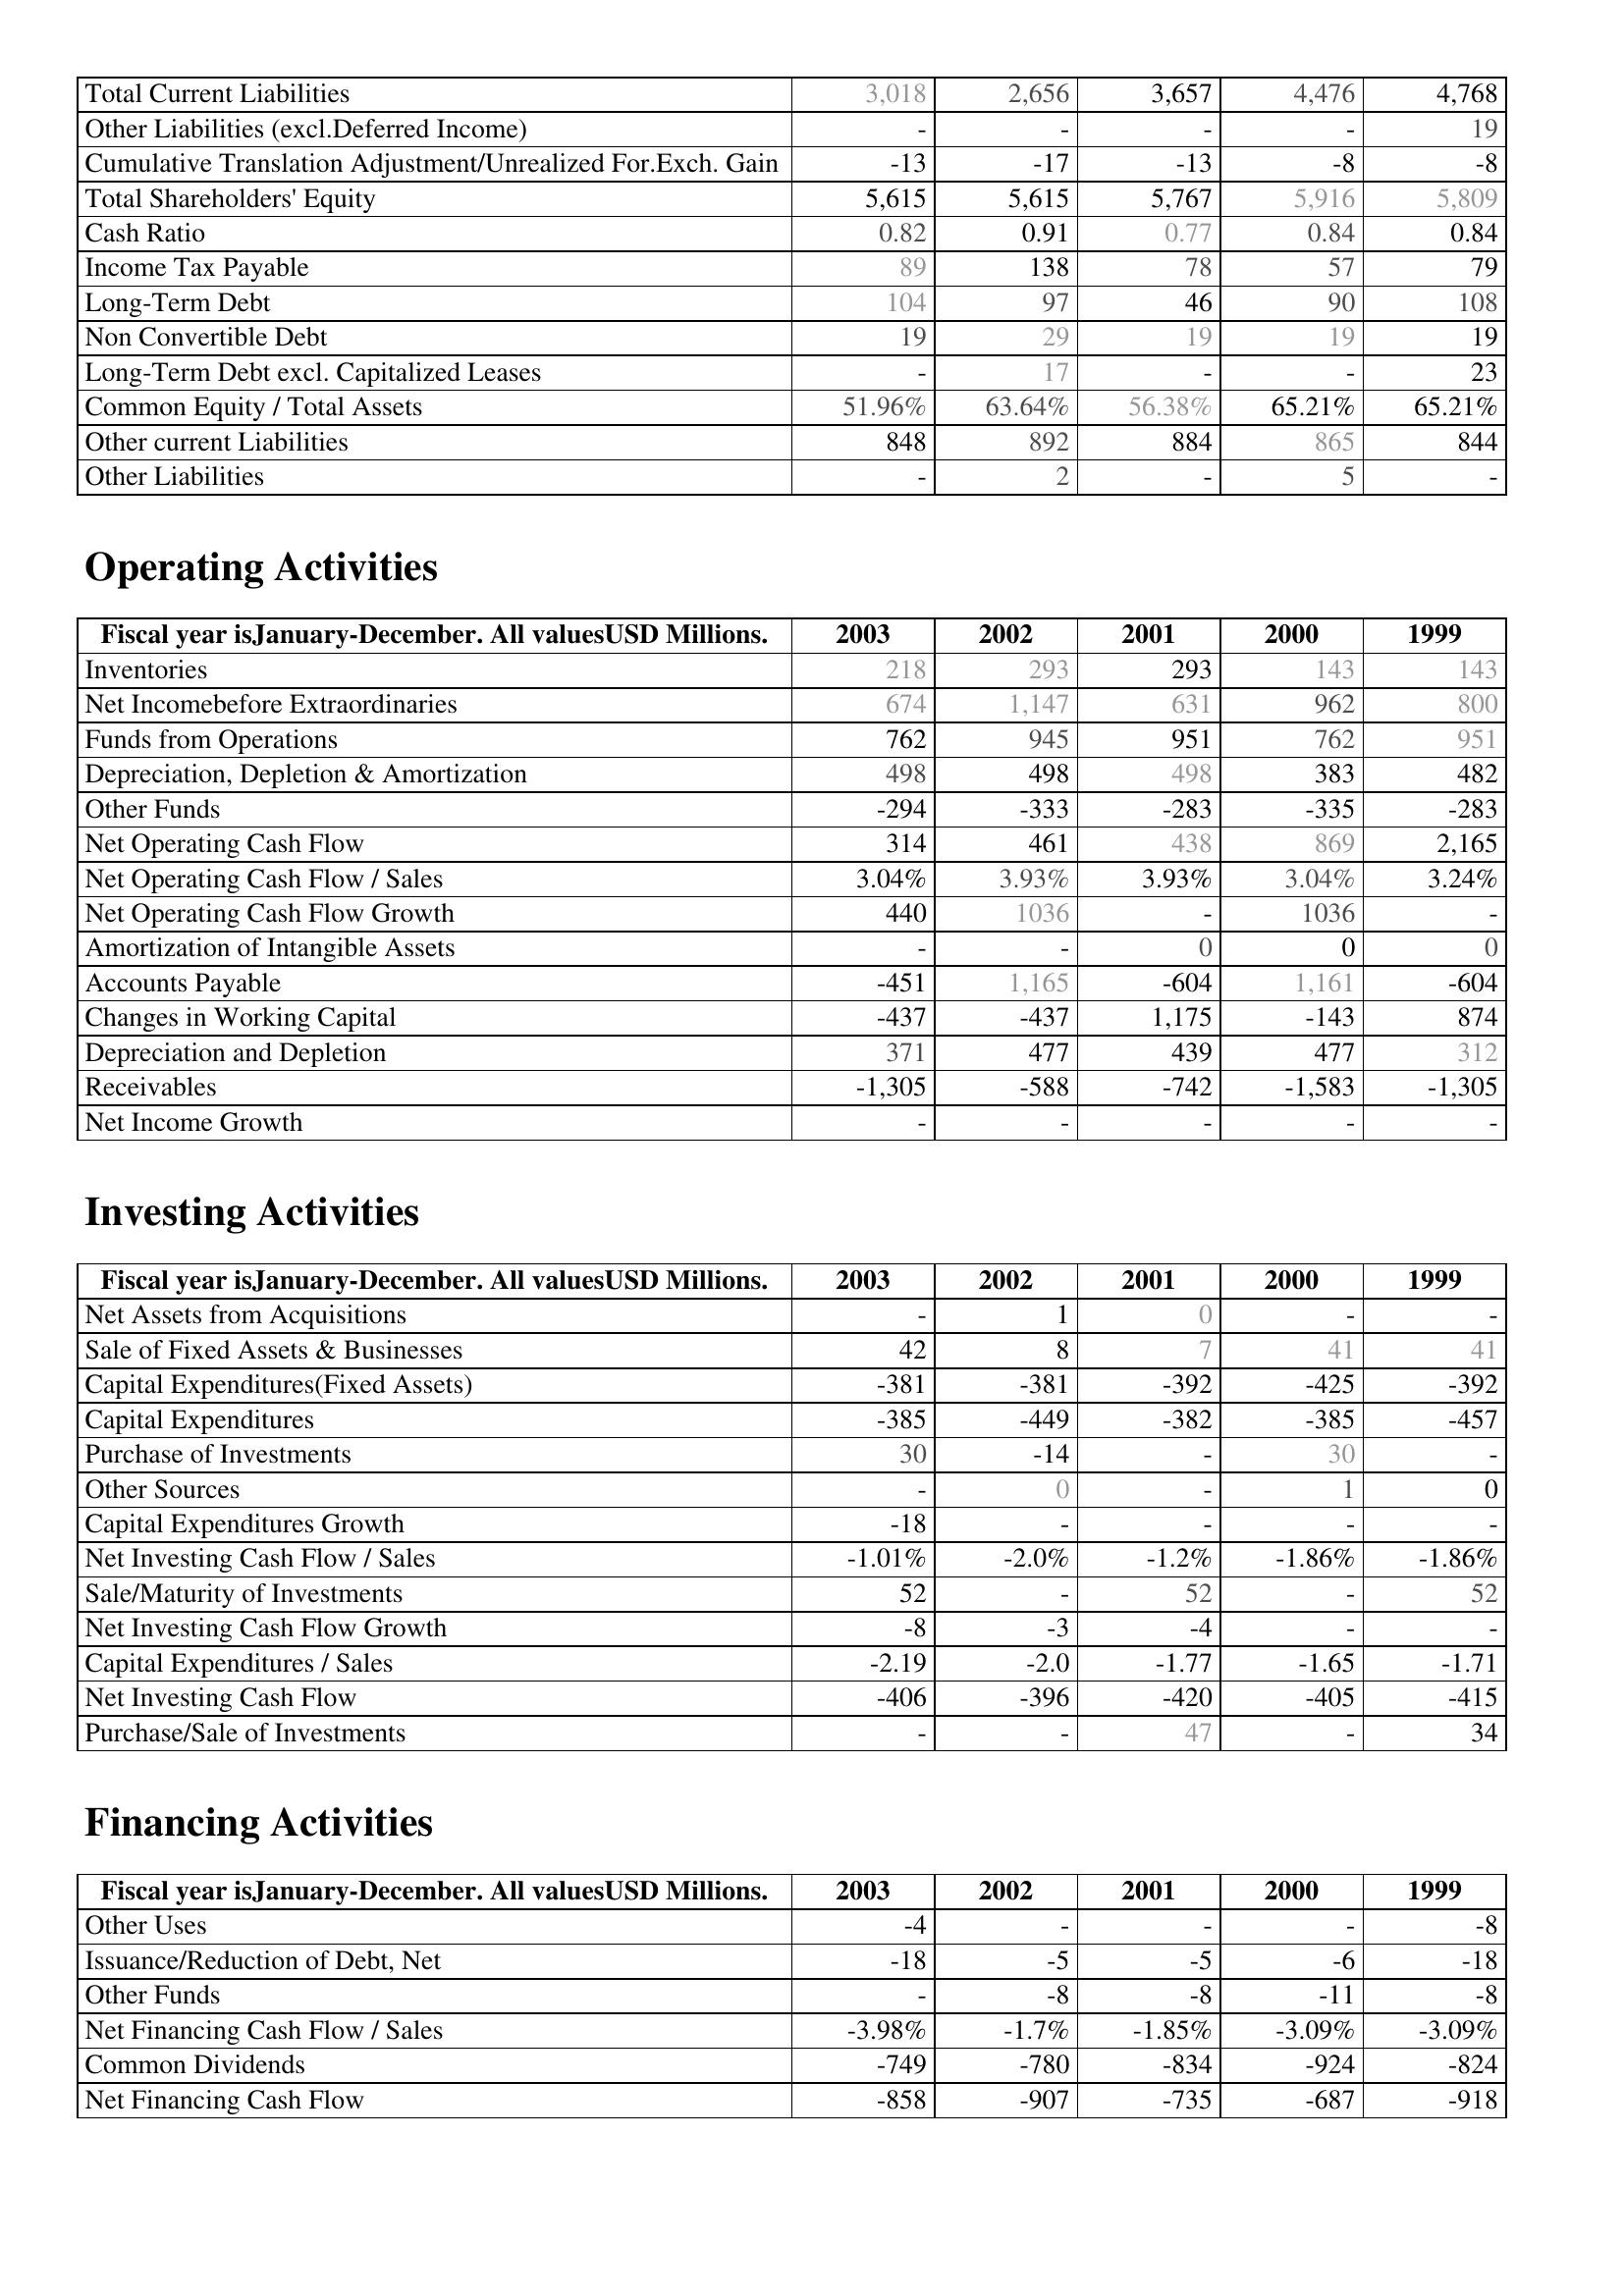
2003: Liabilities & Shareholder's Equity: Total Current Liabilities: 3,018
Other Liabilities (excl.Deferred Income): -
Cumulative Translation Adjustment/Unrealized For.Exch. Gain: -13
Total Shareholders' Equity: 5,615
Cash Ratio: 0.82
Income Tax Payable: 89
Long-Term Debt: 104
Non Convertible Debt: 19
Long-Term Debt excl. Capitalized Leases: -
Common Equity / Total Assets: 51.96%
Other current Liabilities: 848
Other Liabilities: -
Operating Activities: Inventories: 218
Net Incomebefore Extraordinaries: 674
Funds from Operations: 762
Depreciation, Depletion & Amortization: 498
Other Funds: -294
Net Operating Cash Flow: 314
Net Operating Cash Flow / Sales: 3.04%
Net Operating Cash Flow Growth: 440
Amortization of Intangible Assets: -
Accounts Payable: -451
Changes in Working Capital: -437
Depreciation and Depletion: 371
Receivables: -1,305
Net Income Growth: -
Investing Activities: Net Assets from Acquisitions: -
Sale of Fixed Assets & Businesses: 42
Capital Expenditures(Fixed Assets): -381
Capital Expenditures: -385
Purchase of Investments: 30
Other Sources: -
Capital Expenditures Growth: -18
Net Investing Cash Flow / Sales: -1.01%
Sale/Maturity of Investments: 52
Net Investing Cash Flow Growth: -8
Capital Expenditures / Sales: -2.19
Net Investing Cash Flow: -406
Purchase/Sale of Investments: -
Financing Activities: Other Uses: -4
Issuance/Reduction of Debt, Net: -18
Other Funds: -
Net Financing Cash Flow / Sales: -3.98%
Common Dividends: -749
Net Financing Cash Flow: -858
2002: Liabilities & Shareholder's Equity: Total Current Liabilities: 2,656
Other Liabilities (excl.Deferred Income): -
Cumulative Translation Adjustment/Unrealized For.Exch. Gain: -17
Total Shareholders' Equity: 5,615
Cash Ratio: 0.91
Income Tax Payable: 138
Long-Term Debt: 97
Non Convertible Debt: 29
Long-Term Debt excl. Capitalized Leases: 17
Common Equity / Total Assets: 63.64%
Other current Liabilities: 892
Other Liabilities: 2
Operating Activities: Inventories: 293
Net Incomebefore Extraordinaries: 1,147
Funds from Operations: 945
Depreciation, Depletion & Amortization: 498
Other Funds: -333
Net Operating Cash Flow: 461
Net Operating Cash Flow / Sales: 3.93%
Net Operating Cash Flow Growth: 1036
Amortization of Intangible Assets: -
Accounts Payable: 1,165
Changes in Working Capital: -437
Depreciation and Depletion: 477
Receivables: -588
Net Income Growth: -
Investing Activities: Net Assets from Acquisitions: 1
Sale of Fixed Assets & Businesses: 8
Capital Expenditures(Fixed Assets): -381
Capital Expenditures: -449
Purchase of Investments: -14
Other Sources: 0
Capital Expenditures Growth: -
Net Investing Cash Flow / Sales: -2.0%
Sale/Maturity of Investments: -
Net Investing Cash Flow Growth: -3
Capital Expenditures / Sales: -2.0
Net Investing Cash Flow: -396
Purchase/Sale of Investments: -
Financing Activities: Other Uses: -
Issuance/Reduction of Debt, Net: -5
Other Funds: -8
Net Financing Cash Flow / Sales: -1.7%
Common Dividends: -780
Net Financing Cash Flow: -907
2001: Liabilities & Shareholder's Equity: Total Current Liabilities: 3,657
Other Liabilities (excl.Deferred Income): -
Cumulative Translation Adjustment/Unrealized For.Exch. Gain: -13
Total Shareholders' Equity: 5,767
Cash Ratio: 0.77
Income Tax Payable: 78
Long-Term Debt: 46
Non Convertible Debt: 19
Long-Term Debt excl. Capitalized Leases: -
Common Equity / Total Assets: 56.38%
Other current Liabilities: 884
Other Liabilities: -
Operating Activities: Inventories: 293
Net Incomebefore Extraordinaries: 631
Funds from Operations: 951
Depreciation, Depletion & Amortization: 498
Other Funds: -283
Net Operating Cash Flow: 438
Net Operating Cash Flow / Sales: 3.93%
Net Operating Cash Flow Growth: -
Amortization of Intangible Assets: 0
Accounts Payable: -604
Changes in Working Capital: 1,175
Depreciation and Depletion: 439
Receivables: -742
Net Income Growth: -
Investing Activities: Net Assets from Acquisitions: 0
Sale of Fixed Assets & Businesses: 7
Capital Expenditures(Fixed Assets): -392
Capital Expenditures: -382
Purchase of Investments: -
Other Sources: -
Capital Expenditures Growth: -
Net Investing Cash Flow / Sales: -1.2%
Sale/Maturity of Investments: 52
Net Investing Cash Flow Growth: -4
Capital Expenditures / Sales: -1.77
Net Investing Cash Flow: -420
Purchase/Sale of Investments: 47
Financing Activities: Other Uses: -
Issuance/Reduction of Debt, Net: -5
Other Funds: -8
Net Financing Cash Flow / Sales: -1.85%
Common Dividends: -834
Net Financing Cash Flow: -735
2000: Liabilities & Shareholder's Equity: Total Current Liabilities: 4,476
Other Liabilities (excl.Deferred Income): -
Cumulative Translation Adjustment/Unrealized For.Exch. Gain: -8
Total Shareholders' Equity: 5,916
Cash Ratio: 0.84
Income Tax Payable: 57
Long-Term Debt: 90
Non Convertible Debt: 19
Long-Term Debt excl. Capitalized Leases: -
Common Equity / Total Assets: 65.21%
Other current Liabilities: 865
Other Liabilities: 5
Operating Activities: Inventories: 143
Net Incomebefore Extraordinaries: 962
Funds from Operations: 762
Depreciation, Depletion & Amortization: 383
Other Funds: -335
Net Operating Cash Flow: 869
Net Operating Cash Flow / Sales: 3.04%
Net Operating Cash Flow Growth: 1036
Amortization of Intangible Assets: 0
Accounts Payable: 1,161
Changes in Working Capital: -143
Depreciation and Depletion: 477
Receivables: -1,583
Net Income Growth: -
Investing Activities: Net Assets from Acquisitions: -
Sale of Fixed Assets & Businesses: 41
Capital Expenditures(Fixed Assets): -425
Capital Expenditures: -385
Purchase of Investments: 30
Other Sources: 1
Capital Expenditures Growth: -
Net Investing Cash Flow / Sales: -1.86%
Sale/Maturity of Investments: -
Net Investing Cash Flow Growth: -
Capital Expenditures / Sales: -1.65
Net Investing Cash Flow: -405
Purchase/Sale of Investments: -
Financing Activities: Other Uses: -
Issuance/Reduction of Debt, Net: -6
Other Funds: -11
Net Financing Cash Flow / Sales: -3.09%
Common Dividends: -924
Net Financing Cash Flow: -687
1999: Liabilities & Shareholder's Equity: Total Current Liabilities: 4,768
Other Liabilities (excl.Deferred Income): 19
Cumulative Translation Adjustment/Unrealized For.Exch. Gain: -8
Total Shareholders' Equity: 5,809
Cash Ratio: 0.84
Income Tax Payable: 79
Long-Term Debt: 108
Non Convertible Debt: 19
Long-Term Debt excl. Capitalized Leases: 23
Common Equity / Total Assets: 65.21%
Other current Liabilities: 844
Other Liabilities: -
Operating Activities: Inventories: 143
Net Incomebefore Extraordinaries: 800
Funds from Operations: 951
Depreciation, Depletion & Amortization: 482
Other Funds: -283
Net Operating Cash Flow: 2,165
Net Operating Cash Flow / Sales: 3.24%
Net Operating Cash Flow Growth: -
Amortization of Intangible Assets: 0
Accounts Payable: -604
Changes in Working Capital: 874
Depreciation and Depletion: 312
Receivables: -1,305
Net Income Growth: -
Investing Activities: Net Assets from Acquisitions: -
Sale of Fixed Assets & Businesses: 41
Capital Expenditures(Fixed Assets): -392
Capital Expenditures: -457
Purchase of Investments: -
Other Sources: 0
Capital Expenditures Growth: -
Net Investing Cash Flow / Sales: -1.86%
Sale/Maturity of Investments: 52
Net Investing Cash Flow Growth: -
Capital Expenditures / Sales: -1.71
Net Investing Cash Flow: -415
Purchase/Sale of Investments: 34
Financing Activities: Other Uses: -8
Issuance/Reduction of Debt, Net: -18
Other Funds: -8
Net Financing Cash Flow / Sales: -3.09%
Common Dividends: -824
Net Financing Cash Flow: -918